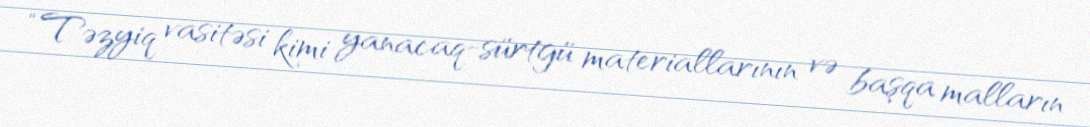
“Təzyiq vasitəsi kimi yanacaq-sürtgü materiallarının və başqa malların